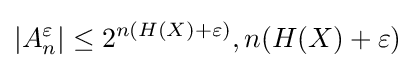
\left|A_{n}^{\varepsilon }\right|\leq 2^{n(H(X)+\varepsilon )},n(H(X)+\varepsilon )